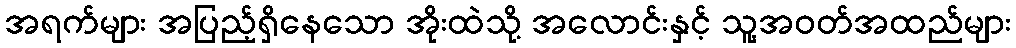
အရက်များ အပြည့်ရှိနေသော အိုးထဲသို့ အလောင်းနှင့် သူ့အဝတ်အထည်များ